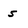
Character: 5